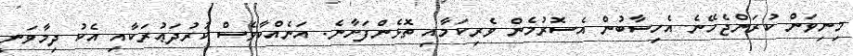
މިނިވަން ކުރަންޖެހޭނެ އެހިސާބުން އެސޮރުމެން ވެރިކަމާއި ތޮޅެންފަށާނެ. އަނެއްކާވެސް ކުރުދަޢުރަކާއި އެކު ދިމާވަނީ